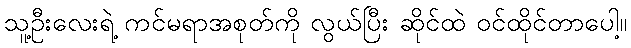
သူ့ဦးလေးရဲ့ ကင်မရာအစုတ်ကို လွယ်ပြီး ဆိုင်ထဲ ဝင်ထိုင်တာပေါ့။